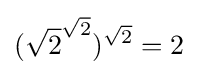
({\sqrt {2}}^{\sqrt {2}})^{\sqrt {2}}=2